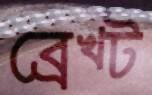
ব্রেখ্ট